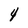
Character: 4